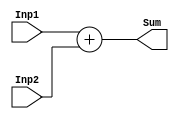
module Adder(Inp1, Inp2, Sum);

    // inputs
    input [31:0] Inp1, Inp2;
    // outputs
    output [31:0] Sum;

    //logic designing
    assign Sum = Inp1 + Inp2;

endmodule